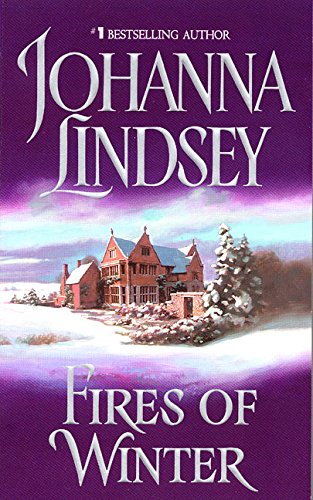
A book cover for Fires of Winter (Haardrad Family); Johanna Lindsey; Romance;